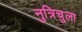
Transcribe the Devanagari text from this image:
नुत्रिचुला